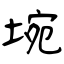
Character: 埦